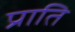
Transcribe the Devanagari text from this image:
प्राति